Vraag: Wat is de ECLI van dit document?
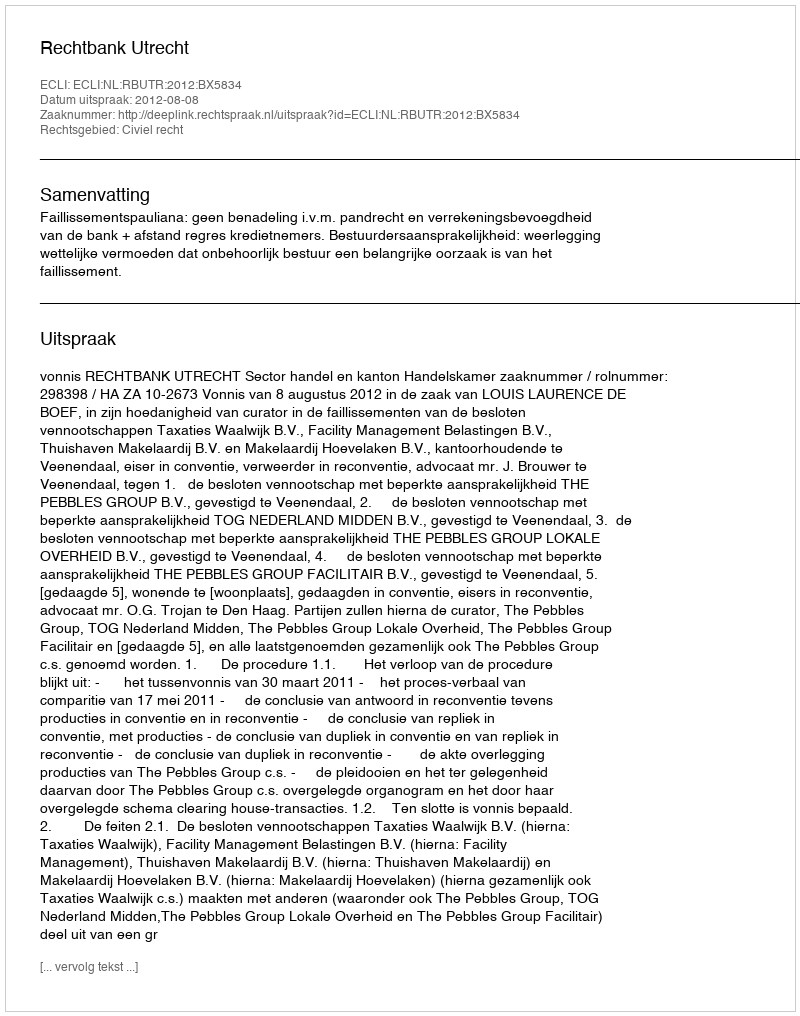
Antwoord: ECLI:NL:RBUTR:2012:BX5834